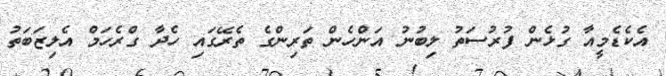
އެކެޑެމީއާ ގުޅެން ފުރުސަތު ލިބުނު އަންހެން ތަރިންގެ ތެރޭގައި ހެދާ ގްރެހަމް އެލިޒަބަތު